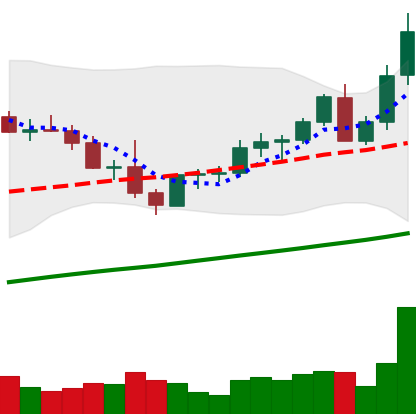
Ticker: LTC-USD
Chart end date: 2021-04-06
Forward return: 6.719%
Label: up_5_7